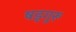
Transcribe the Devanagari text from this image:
षड्गुरू